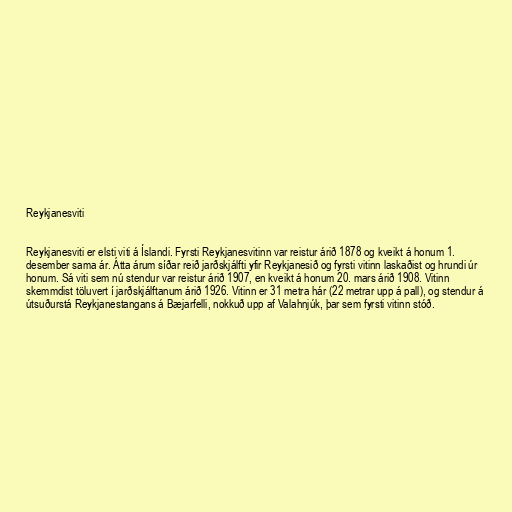
Reykjanesviti

Reykjanesviti er elsti viti á Íslandi. Fyrsti Reykjanesvitinn var reistur árið 1878 og kveikt á honum 1.
desember sama ár. Átta árum síðar reið jarðskjálfti yfir Reykjanesið og fyrsti vitinn laskaðist og hrundi úr
honum. Sá viti sem nú stendur var reistur árið 1907, en kveikt á honum 20. mars árið 1908. Vitinn
skemmdist töluvert í jarðskjálftanum árið 1926. Vitinn er 31 metra hár (22 metrar upp á pall), og stendur á
útsuðurstá Reykjanestangans á Bæjarfelli, nokkuð upp af Valahnjúk, þar sem fyrsti vitinn stóð.